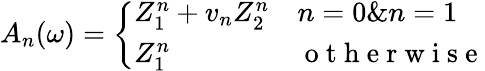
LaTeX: A_{n}(\omega)=\left\{ \begin{array}{ll}{Z_{1}^{n}+v_{n}Z_{2}^{n}}&{n=0\& n=1}\\ {Z_{1}^{n}}&{\mathrm{~o~t~h~e~r~w~i~s~e~}}\end{array}\right.